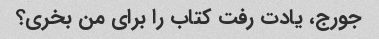
جورج، یادت رفت کتاب را برای من بخری؟